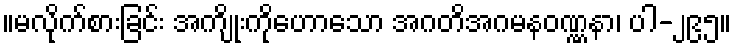
။မလိုက်စားခြင်း အကျိုးကိုဟောသော အဂတိအဂမနဝဏ္ဏနာ၊ ပါ-၂၉၅။